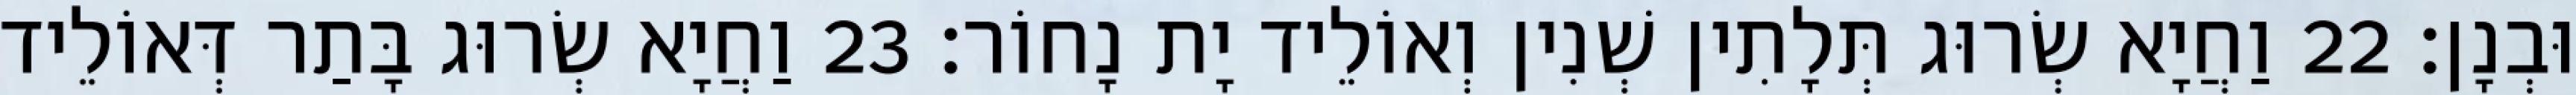
וּבְנָן׃ 22 וַחֲיָא שְׂרוּג תְּלָתִין שְׁנִין וְאוֹלֵיד יָת נָחוֹר׃ 23 וַחֲיָא שְׂרוּג בָּתַר דְּאוֹלֵיד